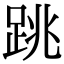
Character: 跳